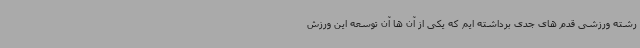
رشته ورزشی قدم های جدی برداشته ایم که یکی از آن ها آن توسعه این ورزش